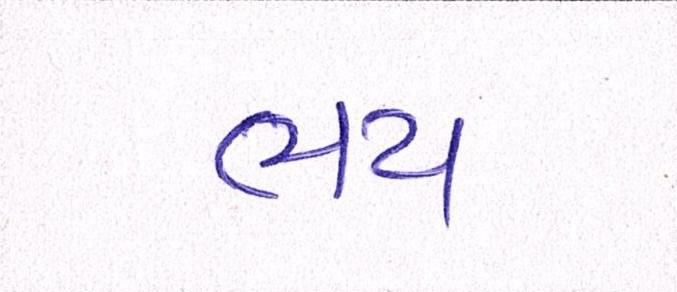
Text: ભય